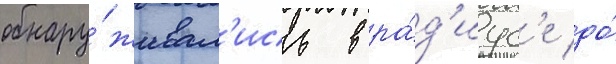
обнару́живал'ись в ра́д'иус'е до́